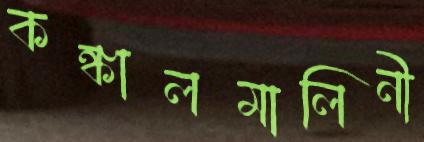
কঙ্কালমালিনী